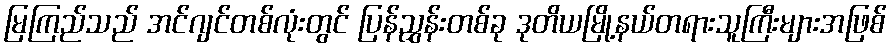
မြကြည်သည် အင်ဂျင်တစ်လုံးတွင် ပြန်ညွှန်းတစ်ခု ဒုတိယမြို့နယ်တရားသူကြီးများအဖြစ်